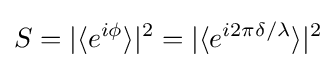
S=|\langle e^{i\phi }\rangle |^{2}=|\langle e^{i2\pi \delta /\lambda }\rangle |^{2}